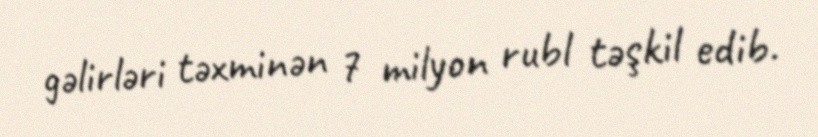
gəlirləri təxminən 7 milyon rubl təşkil edib.